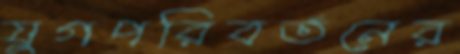
যুগপরিবর্তনের